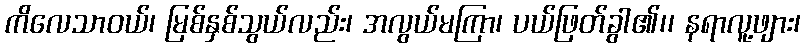
ကိလေသာဝယ်၊ မြစ်နှစ်သွယ်လည်း၊ အလွယ်မကြာ၊ ပယ်ဖြတ်ခွါ၏၊၊ နရာလူ့ဖျား၊